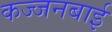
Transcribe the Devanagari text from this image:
कज्जनबाई